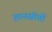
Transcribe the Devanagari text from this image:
ज्ञानस्रोतों